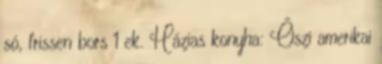
só, frissen bors 1 ek. Házias konyha: Őszi amerikai